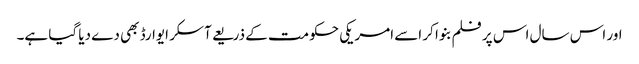
اور اس سال اس پر فلم بنوا کر اسے امریکی حکومت کے ذریعے آسکر ایوارڈ بھی دے دیا گیا ہے۔